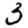
Digit: 3